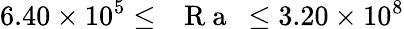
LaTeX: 6.40\times 10^{5}\leq\mathrm{~\textit~{~R~a~}~}\leq 3.20\times 10^{8}